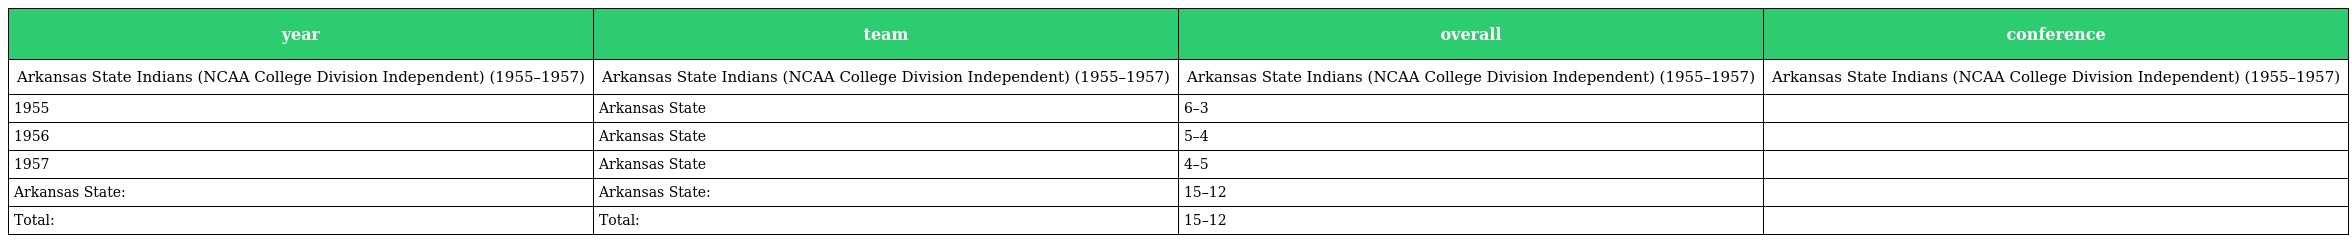
| year | team | overall | conference |
 | --- | --- | --- | --- |
 | Arkansas State Indians (NCAA College Division Independent) (1955–1957) | Arkansas State Indians (NCAA College Division Independent) (1955–1957) | Arkansas State Indians (NCAA College Division Independent) (1955–1957) | Arkansas State Indians (NCAA College Division Independent) (1955–1957) |
 | 1955 | Arkansas State | 6–3 |  |
 | 1956 | Arkansas State | 5–4 |  |
 | 1957 | Arkansas State | 4–5 |  |
 | Arkansas State: | Arkansas State: | 15–12 |  |
 | Total: | Total: | 15–12 |  |